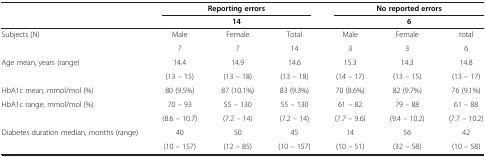
<table><thead><tr><td><b> </b></td><td colspan="3"><b>Reporting errors</b></td><td colspan="3"><b>No reported errors</b></td></tr><tr><td><b> </b></td><td colspan="3"><b>14</b></td><td colspan="3"><b>6</b></td></tr></thead><tbody><tr><td>Subjects (N)</td><td>Male</td><td>Female</td><td>Total</td><td>Male</td><td>Female</td><td>total</td></tr><tr><td> </td><td>7</td><td>7</td><td>14</td><td>3</td><td>3</td><td>6</td></tr><tr><td rowspan="2">Age mean, years (range)</td><td>14.4</td><td>14.9</td><td>14.6</td><td>15.3</td><td>14.3</td><td>14.8</td></tr><tr><td>(13 – 15)</td><td>(13 – 18)</td><td>(13 – 18)</td><td>(14 – 17)</td><td>(13 – 15)</td><td>(13 – 17)</td></tr><tr><td>HbA1c mean, mmol/mol (%)</td><td>80 (9.5%)</td><td>87 (10.1%)</td><td>83 (9.3%)</td><td>70 (8.6%)</td><td>82 (9.7%)</td><td>76 (9.1%)</td></tr><tr><td rowspan="2">HbA1c range, mmol/mol (%)</td><td>70 – 93</td><td>55 – 130</td><td>55 – 130</td><td>61 – 82</td><td>79 – 88</td><td>61 – 88</td></tr><tr><td>(8.6 – 10.7)</td><td>(7.2 – 14)</td><td>(7.2 – 14)</td><td>(7.7 – 9.6)</td><td>(9.4 – 10.2)</td><td>(7.7 – 10.2)</td></tr><tr><td>Diabetes duration median, months (range)</td><td>40</td><td>50</td><td>45</td><td>14</td><td>56</td><td>42</td></tr><tr><td> </td><td>(10 – 157)</td><td>(12 – 85)</td><td>(10 – 157)</td><td>(10 – 51)</td><td>(32 – 58)</td><td>(10 – 58)</td></tr></tbody></table>